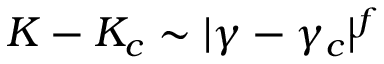
K - K _ { c } \sim | \gamma - \gamma _ { c } | ^ { f }